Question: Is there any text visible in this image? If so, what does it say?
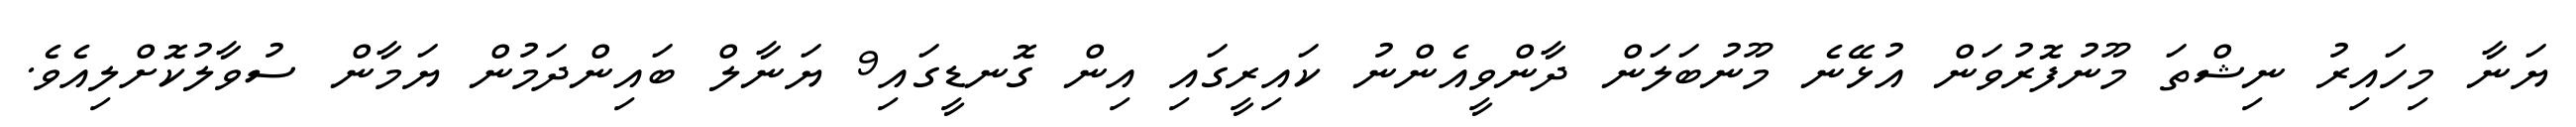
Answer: ޔަނާ މިހައިރު ނިޝްތަ މޫނުފޮރުވަން އުޅޭނެ މޫނުބަލަން ދާންވީއެންނު ކައިރީގައި އިން ގޮނޑީގައި9 ޔަނާލް ބައިންދަމުން ޔަމާން ސުވާލުކޮށްލިއެވެ.